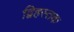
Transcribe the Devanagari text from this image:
द्विहस्तक